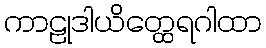
ကာဠုဒါယိတ္ထေရဂါထာ